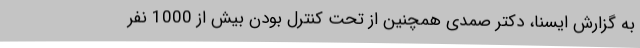
به گزارش ایسنا، دکتر صمدی همچنین از تحت کنترل بودن بیش از 1000 نفر